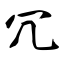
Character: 冗